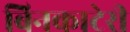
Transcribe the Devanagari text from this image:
बिनकाटेरी